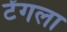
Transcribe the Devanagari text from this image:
टेंगला